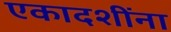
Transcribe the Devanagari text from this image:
एकादशींना